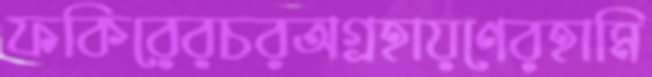
ফকিরেরচরঅগ্রহায়ণেরহামি